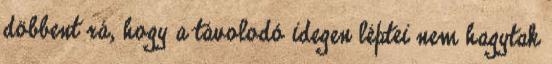
döbbent rá, hogy a távolodó idegen léptei nem hagytak